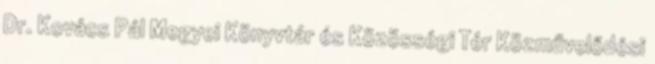
Dr. Kovács Pál Megyei Könyvtár és Közösségi Tér Közművelődési